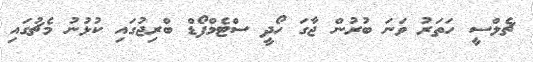
ޗެލްސީ ހަތަރު ވަނަ ބުރުން ޖާގަ ހޯދީ ސްޓެމްފޯޑް ބްރިޖުގައި ކުޅުނު މެޗުގައި